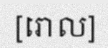
[រោល]